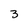
Character: 3